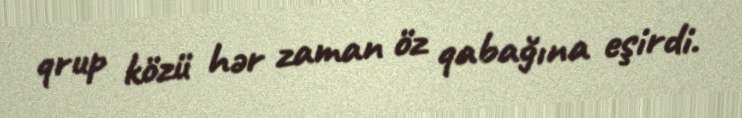
qrup közü hər zaman öz qabağına eşirdi.